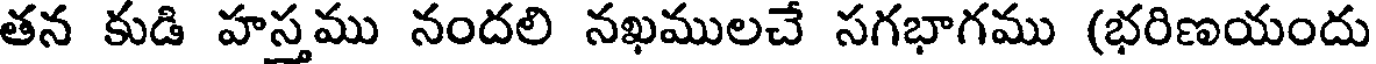
తన కుడి హస్తము నందలి నఖములచే సగభాగము (భరిణయందు